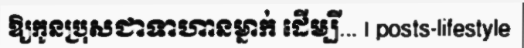
ឱ្យកូនប្រុសជាទាហានម្នាក់ ដើម្បី... | posts-lifestyle